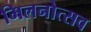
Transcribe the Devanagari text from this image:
मिलनोत्सव